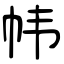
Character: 帏